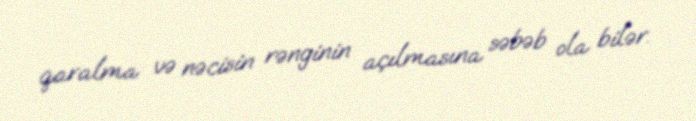
qaralma və nəcisin rənginin açılmasına səbəb ola bilər.